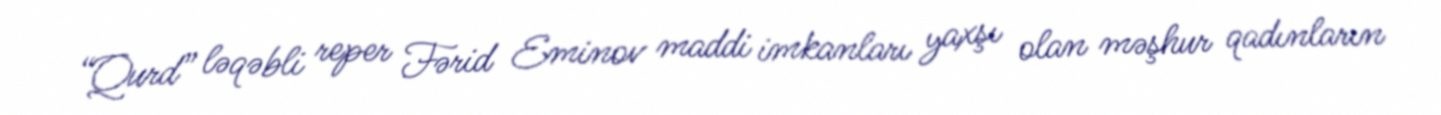
“Qurd” ləqəbli reper Fərid Eminov maddi imkanları yaxşı olan məşhur qadınların